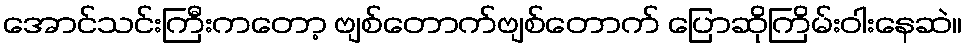
အောင်သင်းကြီးကတော့ ဗျစ်တောက်ဗျစ်တောက် ပြောဆိုကြိမ်းဝါးနေဆဲ။